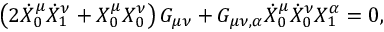
\left( 2 \dot { X } _ { 0 } ^ { \mu } \dot { X } _ { 1 } ^ { \nu } + X _ { 0 } ^ { \mu } X _ { 0 } ^ { \nu } \right) G _ { \mu \nu } + G _ { \mu \nu , \alpha } \dot { X } _ { 0 } ^ { \mu } \dot { X } _ { 0 } ^ { \nu } X _ { 1 } ^ { \alpha } = 0 ,